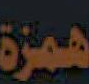
همزة